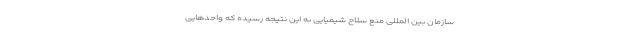
سازمان بین المللی منع سلاح شیمیایی به این نتیجه رسیده که واحدهایی